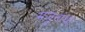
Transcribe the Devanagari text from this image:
मंजुनाथा